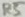
Text: R5